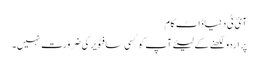
آئ ٹی دنیاڈاٹ کام
پر اردو لکھنے کے لیئےآپ کو کسی سافٹویر کی ضرورت نہیں۔